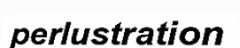
perlustration